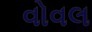
વોવલ